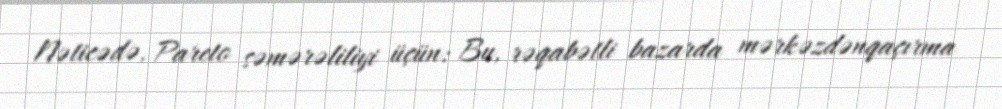
Nəticədə, Pareto səmərəliliyi üçün: Bu, rəqabətli bazarda mərkəzdənqaçırma